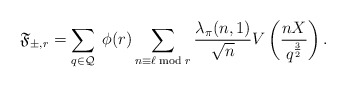
\begin{align*}\mathfrak{F}_{\pm,r}=\sum_{q\in\mathcal{Q}}\;\phi(r)\sum_{n\equiv \ell\bmod{r}} \frac{\lambda_\pi(n,1)}{\sqrt{n}}V\left(\frac{nX}{q^{\frac{3}{2}}}\right).\end{align*}